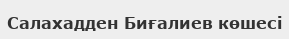
Салахадден Биғалиев көшесі